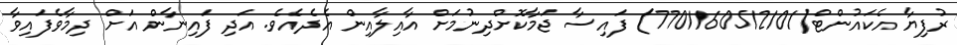
ރުފިޔާ އެކައުންޓް(7701160512101) ފައިސާ ޖަމާކޮށްދިނުމަށް އާއިލާއިން އެދެއެވެ. އަދި ފައިނާން އަށް ދިމާވެފައިވާ